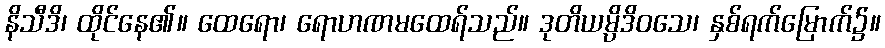
နိသီဒိ၊ ထိုင်နေ၏။ ထေရော၊ ရောဟဏမထေရ်သည်။ ဒုတိယမ္ပိဒိဝသေ၊ နှစ်ရက်မြောက်၌။